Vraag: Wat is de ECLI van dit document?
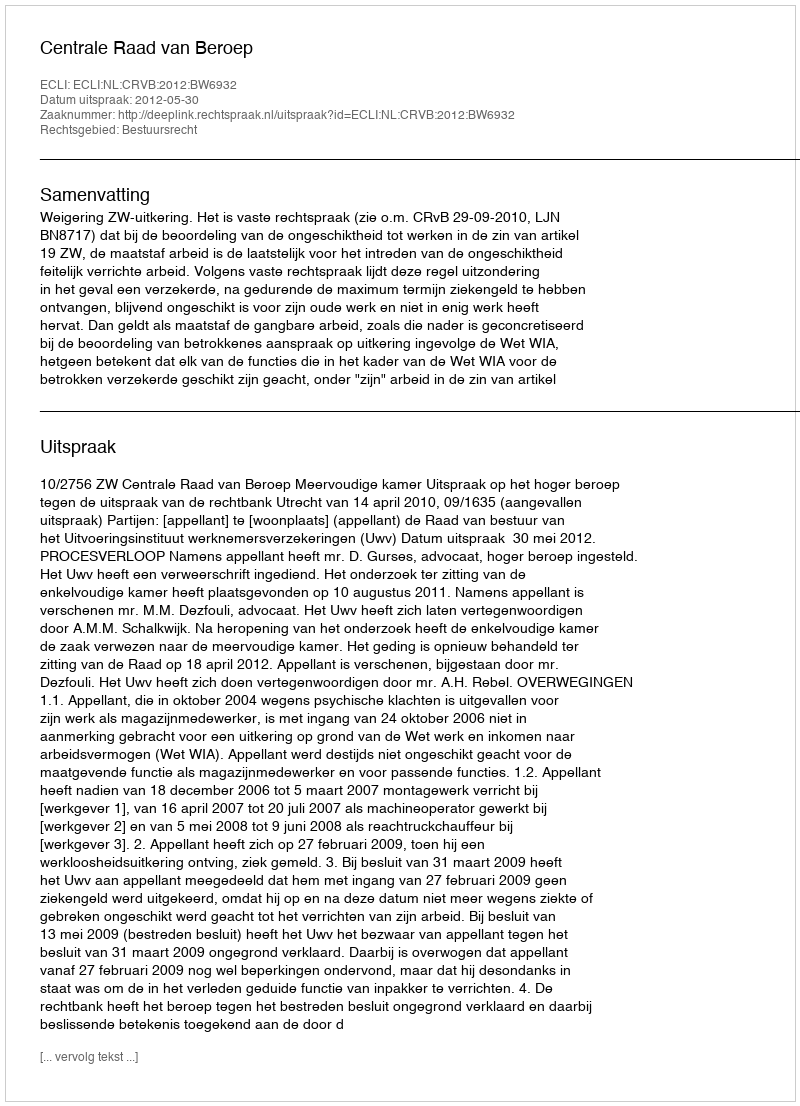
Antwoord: ECLI:NL:CRVB:2012:BW6932